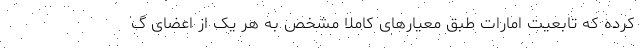
کرده که تابعیت امارات طبق معیارهای کاملا مشخص به هر یک از اعضای گ